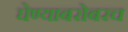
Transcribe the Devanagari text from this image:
घेण्याबरोबरच